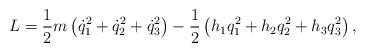
LaTeX: \begin{align*} L = \frac{1}{2} m \left( \dot{q}_1^2 + \dot{q}_2^2 + \dot{q}_3^2 \right) - \frac{1}{2} \left( h_1 q_1^2 + h_2 q_2^2 + h_3 q_3^2 \right) ,\end{align*}